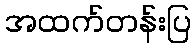
အထက်တန်းပြ